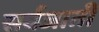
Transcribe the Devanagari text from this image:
सर्वजाती